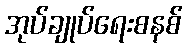
အုပ်ချုပ်ရေးစနစ်